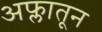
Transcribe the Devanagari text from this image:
अफ्लातून